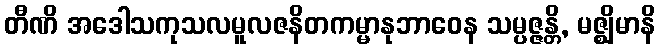
တီဏိ အဒေါသကုသလမူလဇနိတကမ္မာနုဘာဝေန သမ္ပဇ္ဇန္တိ, မဇ္ဈိမာနိ